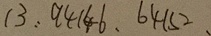
1 3 : 9 4 1 4 6 , 6 4 1 5 2 .